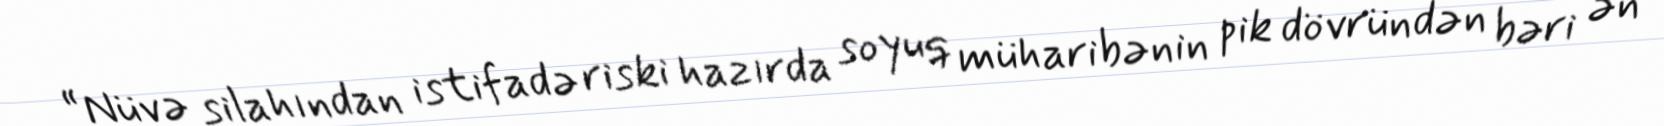
“Nüvə silahından istifadə riski hazırda soyuq müharibənin pik dövründən bəri ən